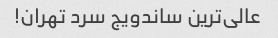
عالی‌ترین ساندویج سرد تهران!